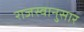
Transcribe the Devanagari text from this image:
राजस्वानुसार